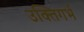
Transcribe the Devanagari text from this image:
उक्तिगर्भ